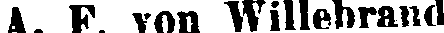
A. F. von Willebrand